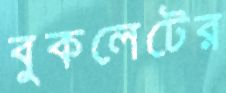
বুকলেটের